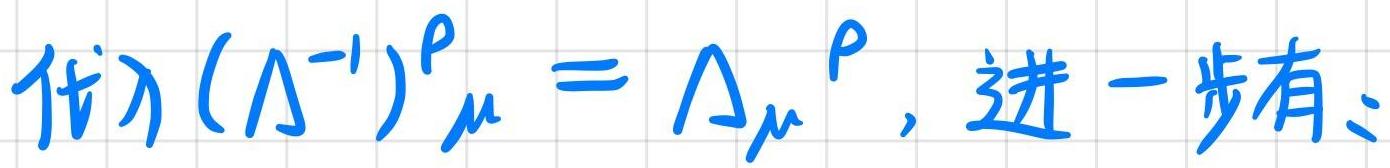
代) $(\Lambda^{-1})^{\rho}\mu=\Lambda_{\mu}{}^{\rho}$, 进一步有: